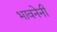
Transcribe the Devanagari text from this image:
भावनेनी